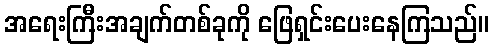
အရေးကြီးအချက်တစ်ခုကို ဖြေရှင်းပေးနေကြသည်။